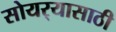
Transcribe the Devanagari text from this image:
सोयर्‍यासाठी